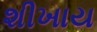
શીખાય